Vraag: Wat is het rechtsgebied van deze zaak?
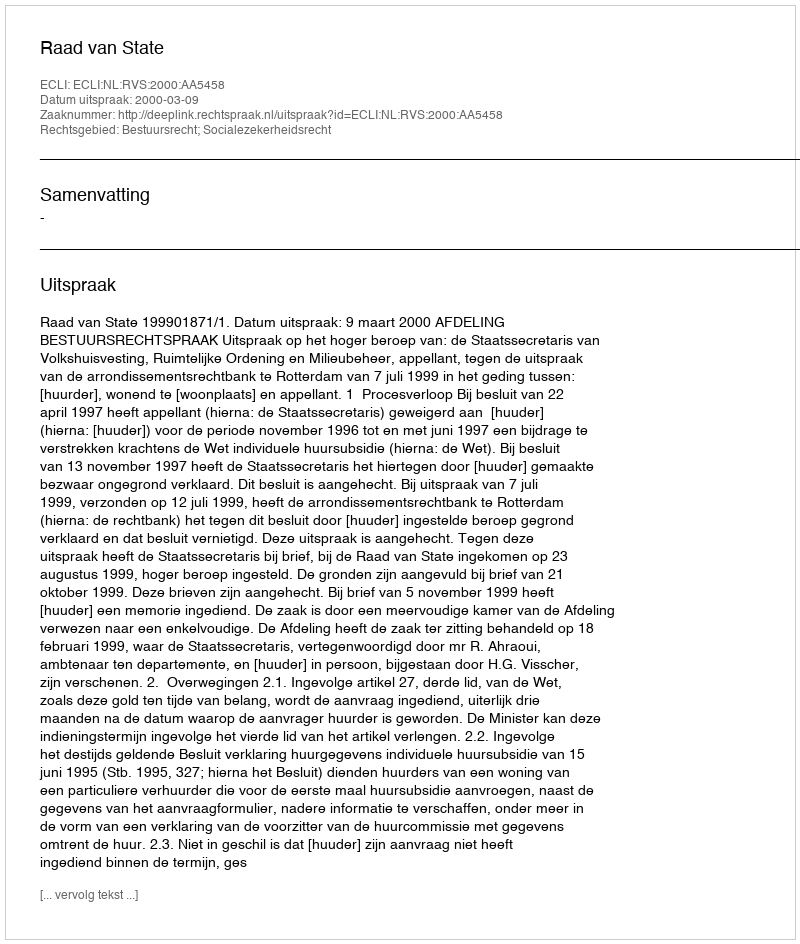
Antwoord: Bestuursrecht; Socialezekerheidsrecht